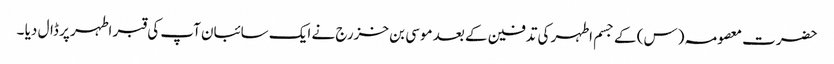
حضرت معصومہ (س) کے جسم اطہر کی تدفین کے بعد موسی بن خزرج نے ایک سائبان آپ کی قبر اطہر پر ڈال دیا ۔